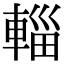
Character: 輜